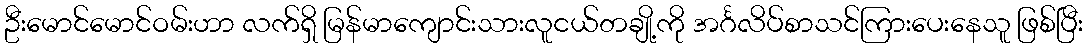
ဦးမောင်မောင်ဝမ်းဟာ လက်ရှိ မြန်မာကျောင်းသားလူငယ်တချို့ကို အင်္ဂလိပ်စာသင်ကြားပေးနေသူ ဖြစ်ပြီး